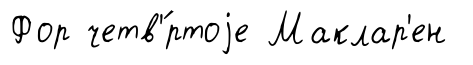
Фор четв'́ртоjе Маклар'ен